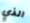
الذي